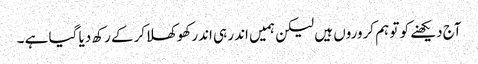
آج دیکھنے کو تو ہم کروروں ہیں لیکن ہمیں اندر ہی اندر کھوکھلاکرکے رکھ دیا گیا ہے ۔